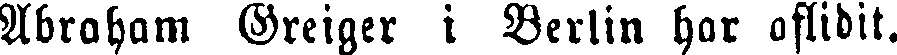
Abraham Greiger i Berlin har aflidit.